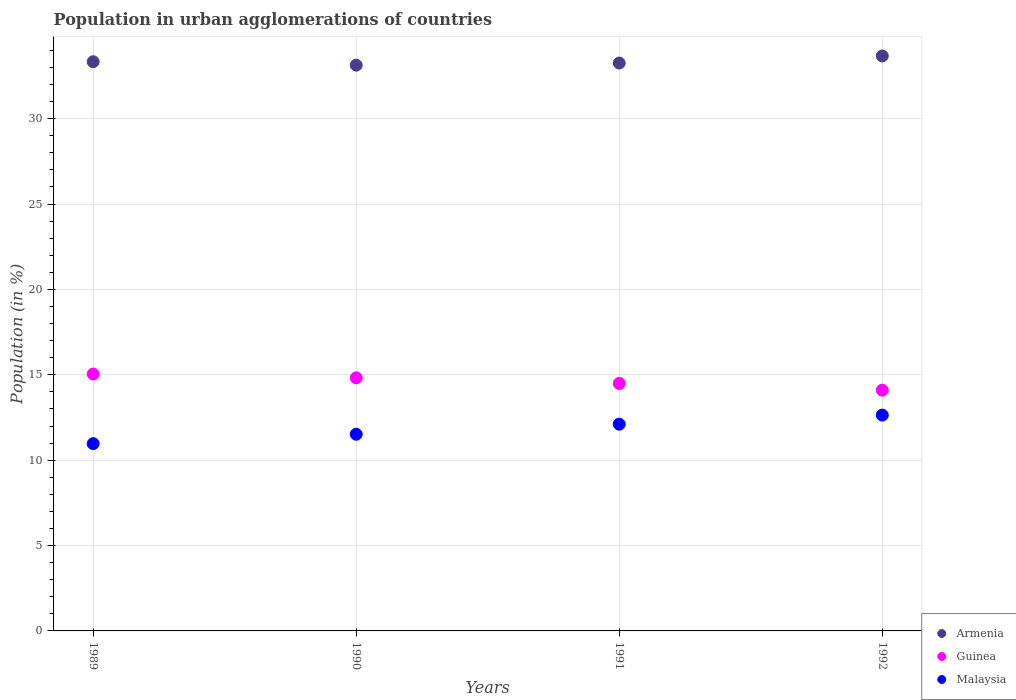
| Years | Armenia | Guinea | Malaysia |
 | --- | --- | --- | --- |
 | 1989 | 33.3 | 15 | 11 |
 | 1990 | 33.1 | 14.8 | 11.5 |
 | 1991 | 33.3 | 14.5 | 12.1 |
 | 1992 | 33.7 | 14.1 | 12.6 |